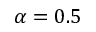
\alpha = 0 . 5